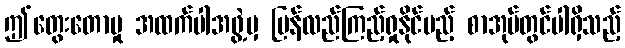
ဤတွေးတောမှု အထက်ပါအဖွဲ့မှ ပြန်လည်ကြည့်ရှုနိုင်မည့် စာအုပ်တွင်ပါရှိသည့်